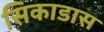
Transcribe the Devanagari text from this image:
सिकाडास